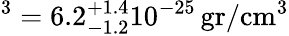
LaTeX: ^3=6.2_{-1.2}^{+1.4}10^{-25}\, \mathrm{gr}/\mathrm{cm}^{3}